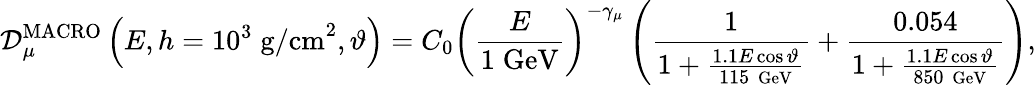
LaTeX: {\cal D}_{\mu}^{\mathrm{MACRO}}\left(E,h=10^{3}\; \mathrm{g/cm}^{2},\vartheta\right)=C_{0}\left(\frac{E}{1\; \mathrm{GeV}}\right)^{-\gamma_{\mu}}\left(\frac{1}{1+\frac{1.1E\cos\vartheta}{115\, \mathrm{\small\mathrm{~GeV}}}}+\frac{0.054}{1+\frac{1.1E\cos\vartheta}{850\, \mathrm{\small\mathrm{~GeV}}}}\right),